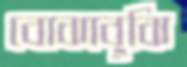
বোঝাবুঝি